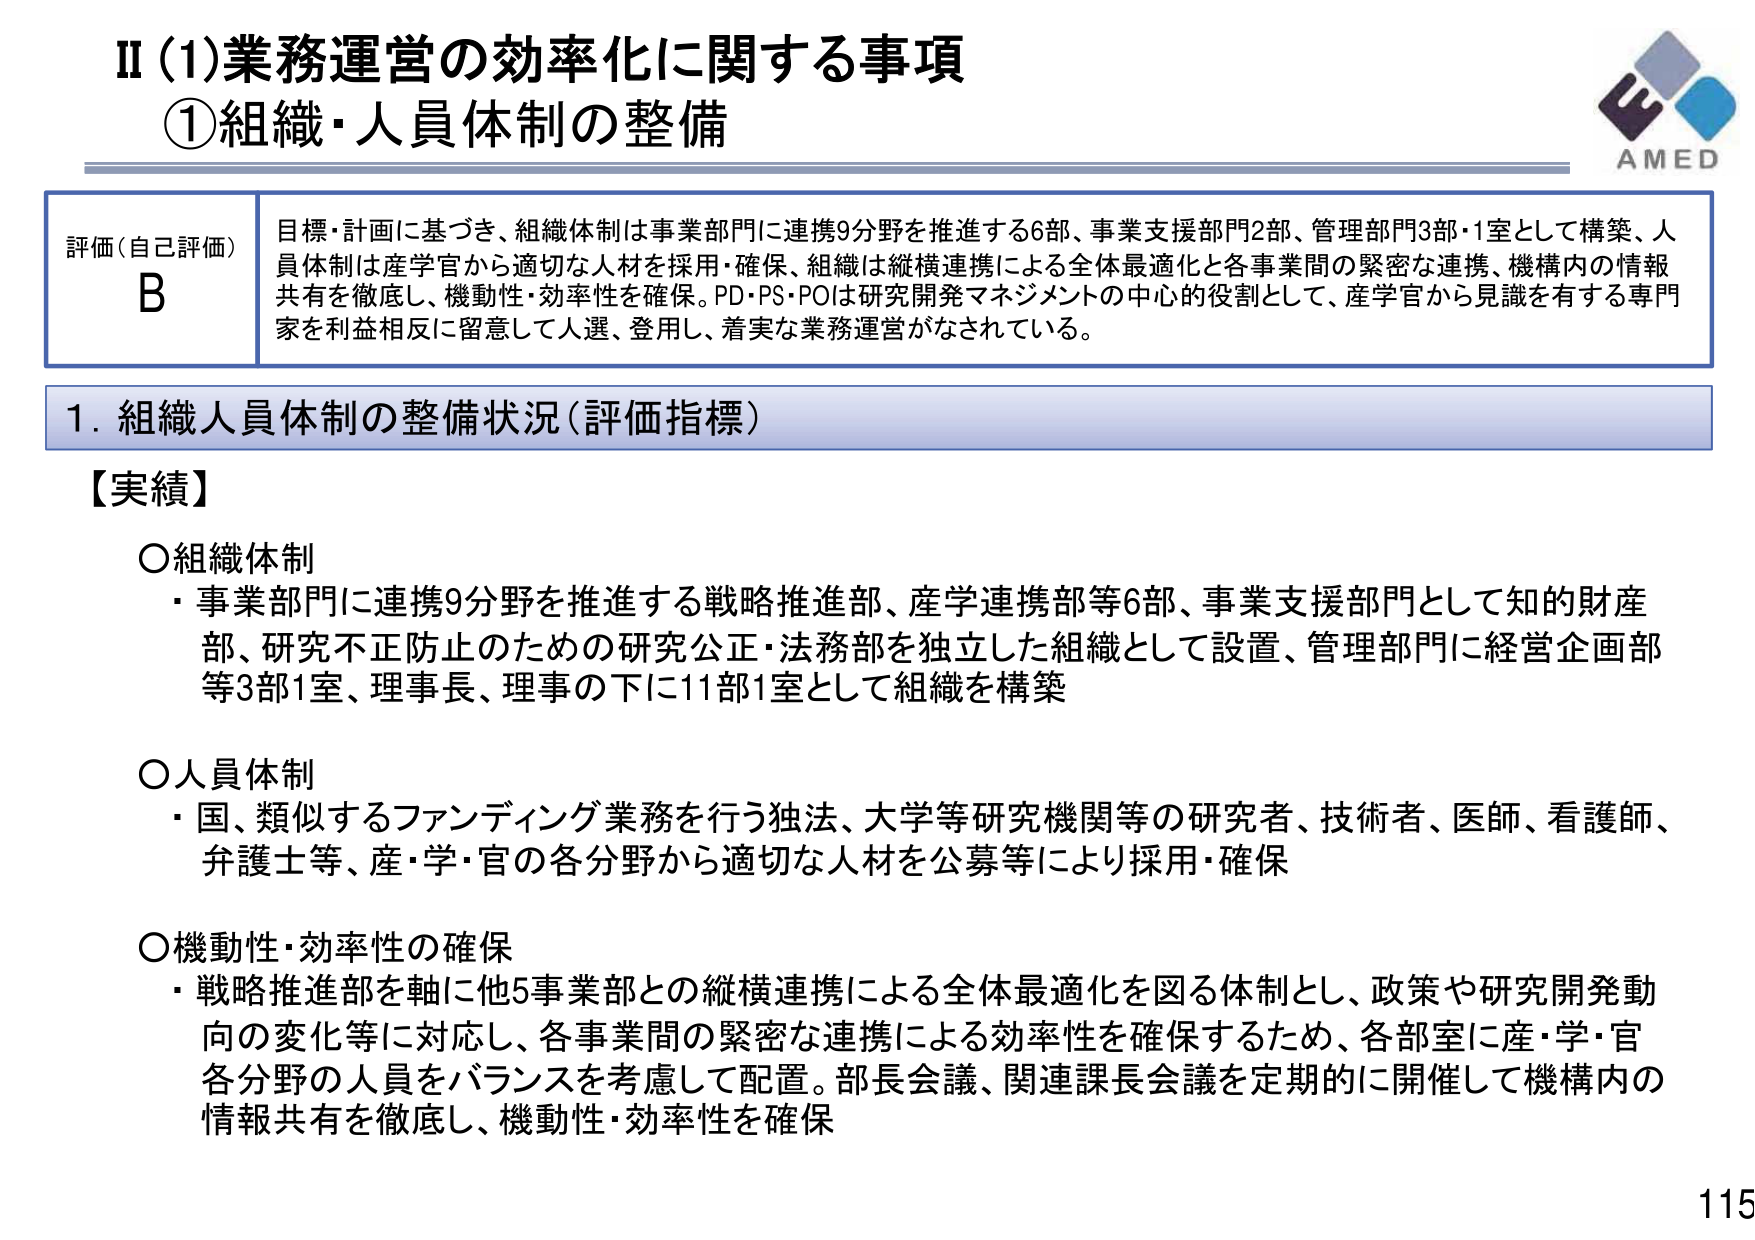
II (1)業務運営の効率化に関する事項
①組織・人員体制の整備

評価（自己評価）
B

目標・計画に基づき、組織体制は事業部門に連携9分野を推進する6部、事業支援部門2部、管理部門3部・1室として構築、人員体制は産学官から適切な人材を採用・確保、組織は縦横連携による全体最適化と各事業間の緊密な連携、機構内の情報共有を徹底し、機動性・効率性を確保。PD・PS・POは研究開発マネジメントの中心的役割として、産学官から見識を有する専門家を利益相反に留意して人選、登用し、着実な業務運営がなされている。

1. 組織人員体制の整備状況（評価指標）

【実績】

○組織体制
・事業部門に連携9分野を推進する戦略推進部、産学連携部等6部、事業支援部門として知的財産部、研究不正防止のための研究公正・法務部を独立した組織として設置、管理部門に経営企画部等3部1室、理事長、理事の下に11部1室として組織を構築

○人員体制
・国、類似するファンディング業務を行う独法、大学等研究機関等の研究者、技術者、医師、看護師、弁護士等、産・学・官の各分野から適切な人材を公募等により採用・確保

○機動性・効率性の確保
・戦略推進部を軸に他5事業部との縦横連携による全体最適化を図る体制とし、政策や研究開発動向の変化等に対応し、各事業間の緊密な連携による効率性を確保するため、各部室に産・学・官各分野の人員をバランスを考慮して配置。部長会議、関連課長会議を定期的に開催して機構内の情報共有を徹底し、機動性・効率性を確保

AMED
115